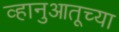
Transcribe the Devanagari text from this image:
व्हानुआतूच्या